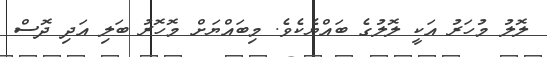
ލޮލު މުހަރު އަކީ ލޮލުގެ ބައްޔެކެވެ. މިބައްޔަށް މޮހޮރު ބަލި އަދި ދޮސް